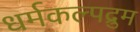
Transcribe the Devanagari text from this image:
धर्मकल्पद्रुम